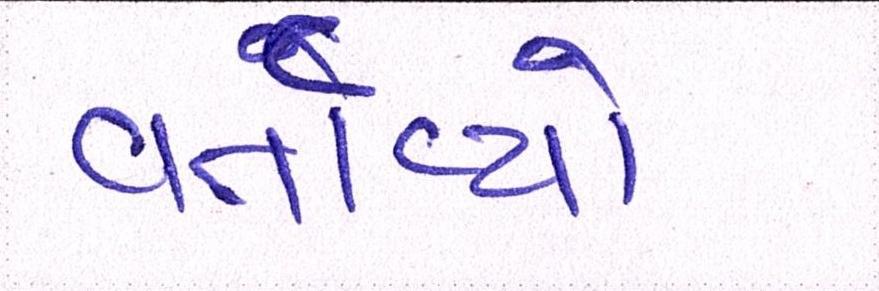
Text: વર્તાવ્યો